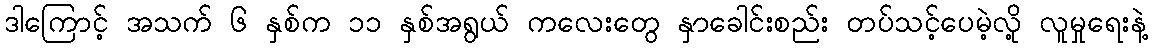
ဒါကြောင့် အသက် ၆ နှစ်က ၁၁ နှစ်အရွယ် ကလေးတွေ နှာခေါင်းစည်း တပ်သင့်ပေမဲ့လို့ လူမှုရေးနဲ့